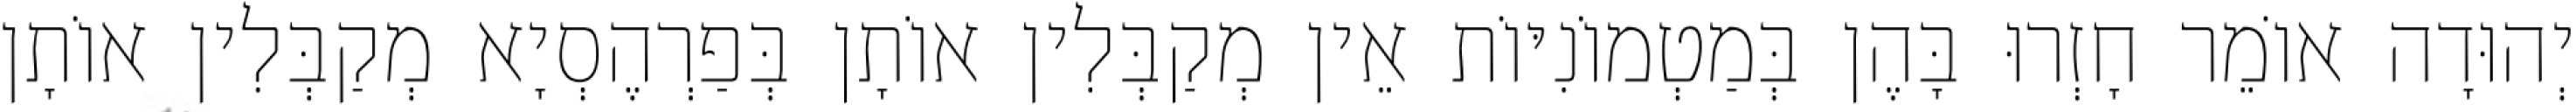
יְהוּדָה אוֹמֵר חָזְרוּ בָּהֶן בְּמַטְמוֹנִיּוֹת אֵין מְקַבְּלִין אוֹתָן בְּפַרְהֶסְיָא מְקַבְּלִין אוֹתָן